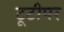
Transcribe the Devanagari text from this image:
टूटीपर